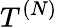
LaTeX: T^{(N)}